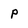
Character: p